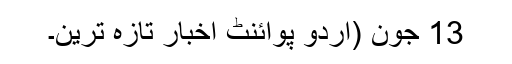
13 جون (اُردو پوائنٹ اخبار تازہ ترین۔